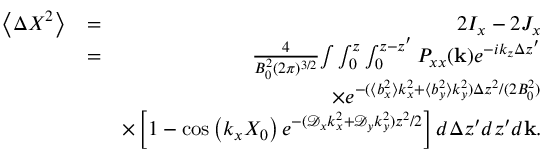
\begin{array} { r l r } { \left\langle \Delta X ^ { 2 } \right\rangle } & { = } & { 2 I _ { x } - 2 J _ { x } } \\ & { = } & { \frac { 4 } { B _ { 0 } ^ { 2 } ( 2 \pi ) ^ { 3 / 2 } } { \int } \int _ { 0 } ^ { z } \int _ { 0 } ^ { z - z ^ { \prime } } P _ { x x } ( \mathbf { k } ) e ^ { - i k _ { z } \Delta z ^ { \prime } } } \\ & { } & { \times e ^ { - ( \langle b _ { x } ^ { 2 } \rangle k _ { x } ^ { 2 } + \langle b _ { y } ^ { 2 } \rangle k _ { y } ^ { 2 } ) \Delta z ^ { 2 } / ( 2 B _ { 0 } ^ { 2 } ) } } \\ & { } & { \times \left[ 1 - \cos \left( k _ { x } X _ { 0 } \right) e ^ { - ( \mathcal { D } _ { x } k _ { x } ^ { 2 } + \mathcal { D } _ { y } k _ { y } ^ { 2 } ) z ^ { 2 } / 2 } \right] d \Delta z ^ { \prime } d z ^ { \prime } d \mathbf { k } . } \end{array}